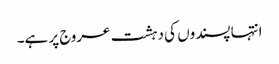
انتہا پسندوں کی دہشت عروج پر ہے۔